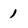
Character: 1